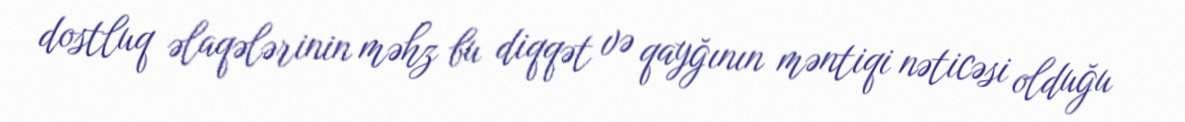
dostluq əlaqələrinin məhz bu diqqət və qayğının məntiqi nəticəsi olduğu